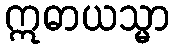
ဣဓာယသ္မာ